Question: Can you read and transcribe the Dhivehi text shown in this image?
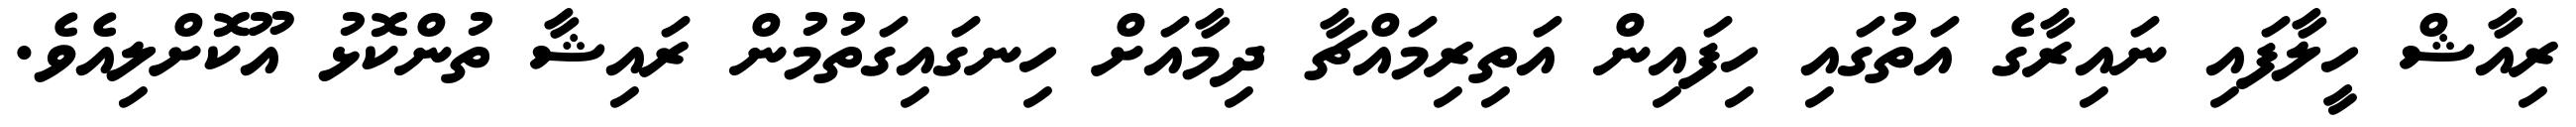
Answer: ރިއާޝް ހީލާފައި ނައިރާގެ އަތުގައި ހިފައިން އަތިރިމައްޗާ ދިމާއަށް ހިނގައިގަތުމުން ރައިޝާ ތުންކޮޅު އޫކޮށްލިއެވެ.